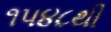
૧૫૪૮થી